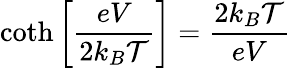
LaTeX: \coth\left[\frac{eV}{2k_{B}\mathcal{T}}\right]=\frac{2k_{B}\mathcal{T}}{eV}